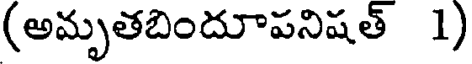
(అమృతబిందూపనిషత్ 1)